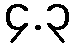
၄.၃